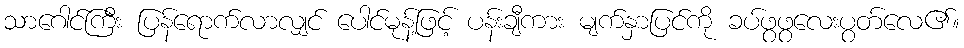
သာဂေါင်ကြီး ပြန်ရောက်လာလျှင် ပေါင်မုန့်ဖြင့် ပန်းချီကား မျက်နှာပြင်ကို ခပ်ဖွဖွလေးပွတ်လေ၏။